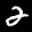
Label: 2